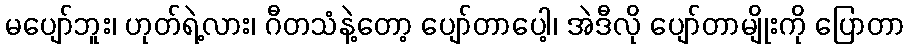
မပျော်ဘူး၊ ဟုတ်ရဲ့လား၊ ဂီတသံနဲ့တော့ ပျော်တာပေါ့၊ အဲဒီလို ပျော်တာမျိုးကို ပြောတာ